Report on sanitation, dispensaries, and jails in Rajputana for 1914, and on vaccination for the year 1914-1915 - 1914-1915
Year: 1914
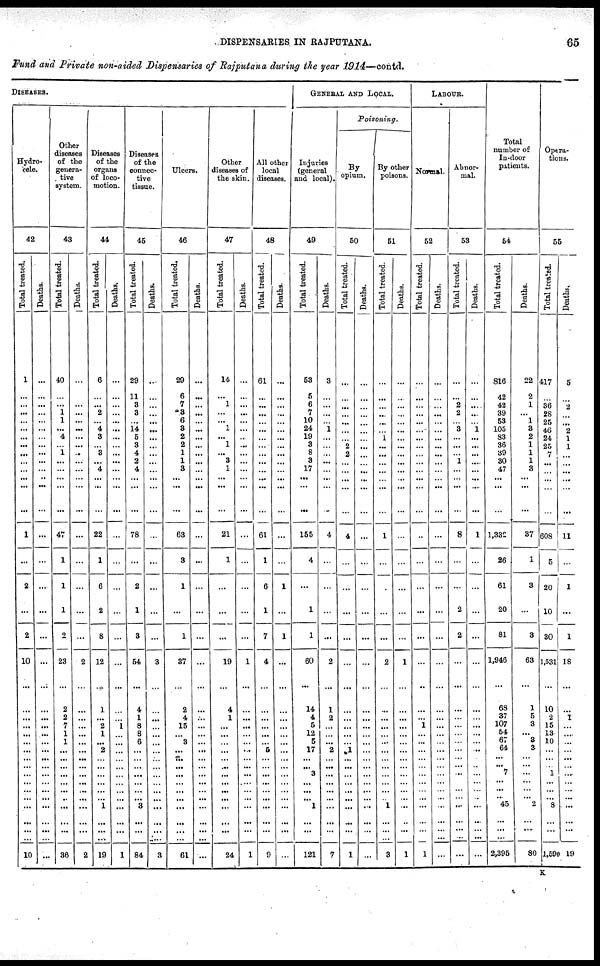
DISPENSARIES IN RAJPUTANA.
65
Fund and Private non-aided Dispensaries of Rajputana during the year 1914—contd.
DISEASES.
Hydro-
cele.
42
Total treated.
1
...
...
...
...
...
...
...
...
...
...
...
...
...
1
...
2
...
2
10
...
...
...
...
...
...
...
...
...
...
...
... ...
...
...
...
10
Deaths.
...
...
...
...
...
...
...
...
...
...
...
..
...
...
...
...
...
...
...
...
...
...
...
...
...
...
...
...
...
...
...
...
...
...
...
...
...
Other
diseases
of the
genera-
tive
system.
43
Total treated.
40
...
...
1
1
...
4
... 1
...
...
...
...
...
47
1
1
1
2
23
2
2
7
1
1
...
...
...
...
...
...
..
...
...
...
...
36
Deaths.
...
...
...
...
...
...
...
...
..
...
...
...
...
...
...
...
...
...
...
2
...
...
...
...
...
...
...
...
...
...
..
...
...
...
...
...
2
Diseases
of the
organs
of loco-
motion.
44
Total treated.
6
...
...
2
...
4
3
... 3
... 4
...
...
...
22
1
6
2
8
12
1
...
2
1
...
2
...
...
...
...
...
... 1
...
...
...
19
Deaths.
...
...
...
...
...
...
...
...
...
...
...
...
...
...
...
...
...
...
...
...
...
...
1
...
...
...
...
...
...
...
...
... ...
...
...
...
1
Diseases
of the
connec-
tive
tissue.
45
Total treated.
29
11
3
3
...
14
5
3
4
2
4
...
...
...
78
...
2
1
3
54
4
1
8
8
6
...
...
...
...
...
...
... 3
...
...
...
84
Deaths.
...
...
...
...
...
...
...
...
...
...
...
...
...
...
...
...
...
...
...
3
...
...
...
...
...
...
...
...
...
...
...
...
...
...
...
...
3
Ulcers.
46
Total treated.
29
6
7
3
6
3
2
2
1
1
3
...
...
...
63
3
1
...
1
37
2
4
15
...
3
...
...
...
...
...
...
...
...
...
...
...
61
Deaths.
...
...
...
...
...
...
...
...
...
...
...
...
...
...
...
...
...
...
...
...
...
...
...
...
...
...
...
...
...
...
...
...
...
...
...
...
...
Other
diseases of
the skin.
47
Total treated.
14
...
1
...
...
1
...
1
...
3
1
...
...
...
21
1
...
...
...
19
4
1
...
...
...
...
...
..
...
...
...
...
...
...
...
...
24
Deaths.
...
...
...
...
...
...
...
...
...
...
...
...
...
...
...
...
...
...
...
1
...
...
...
...
...
...
...
...
...
...
...
...
...
...
...
...
1
All other
local
diseases.
48
Total treated.
61
...
...
...
...
...
...
...
...
...
...
...
...
...
61
1
6
1
7
4
...
...
...
...
...
5
...
...
...
...
...
...
...
...
...
...
9
Deaths.
...
...
...
...
...
...
...
...
...
...
...
...
...
...
...
...
1
...
1
...
...
...
...
...
...
...
...
...
...
...
...
...
...
...
...
...
...
GENERAL AND LOCAL.
Injuries
(general
and local).
49
Total treated.
53
5
6
7
10
24
19
3
8
3
17
...
...
...
155
4
...
1
1
60
14
4
5
12
5
17
...
...
3
...
...
... 1
...
...
...
121
Deaths.
3
...
...
...
...
1
...
...
...
...
...
...
...
...
4
...
...
...
...
2
1
2
...
...
...
2
...
...
...
...
...
...
...
...
...
...
7
Poisoning.
By
opium.
50
Total treated.
...
...
...
...
...
...
...
2
2
...
...
...
...
...
4
...
...
...
...
...
...
...
...
...
...
1
...
...
...
...
...
...
...
...
...
...
1
Deaths.
...
...
...
...
...
...
...
...
...
...
...
...
...
...
...
...
...
...
...
...
...
...
...
...
...
...
...
...
...
...
...
... ...
...
...
...
...
By other
poisons.
51
Total treated.
...
...
...
...
...
...
1
...
...
...
...
...
...
...
1
...
...
...
...
2
...
...
...
...
...
...
...
...
...
...
...
... 1
...
...
...
3
Deaths.
...
...
...
...
...
...
...
...
...
...
...
...
...
...
...
...
...
...
...
1
...
...
...
...
...
...
...
...
...
...
...
... ...
..
...
...
1
LABOUR.
Normal.
52
Total treated.
...
...
...
...
...
...
...
...
...
...
...
...
...
...
...
...
...
...
...
...
...
...
1
...
...
...
...
...
...
...
...
...
...
...
...
...
1
Deaths.
...
...
...
...
...
...
...
...
...
...
...
...
...
...
...
...
...
...
...
...
...
...
...
...
...
...
...
...
...
...
...
...
...
...
...
...
...
Abnor-
mal.
53
Total treated.
...
...
2
2
...
3
...
...
...
1
...
...
...
...
8
...
...
2
2
...
...
...
...
...
...
...
...
...
...
...
...
...
..
...
...
...
...
Deaths.
...
...
...
...
...
1
...
...
...
...
...
...
...
...
1
...
...
...
...
...
...
...
...
...
...
...
...
...
...
...
...
...
...
..
...
...
...
Total
number of
In-door
patients.
54
Total treated.
816
42
42
39
53
105
33
36
39
30
47
...
...
...
1,332
26
61
20
81
1,946
68
37
107
54
67
64
...
...
7
...
...
... 45
...
...
...
2,395
Deaths.
22
2
1
...
1
3
2
1
1
1
3
...
...
...
37
1
3
...
8
63
1
5
3
...
3
3
...
...
...
...
...
... 2
...
...
...
80
Opera-
tions.
55
Total treated.
417
...
36
28
25
46
24
25
7
... ...
...
...
...
608
5
20
10
30
1,531
10
2
15
13
10
...
...
...
1
...
...
... 8
...
...
...
1,590
Deaths.
5
...
2
...
...
2
1
1
...
...
...
...
...
...
11
...
1
...
1
18
...
1
...
...
...
...
...
...
...
...
...
... ...
...
...
...
19
K